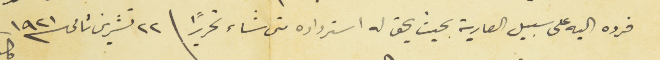
فرده اليه على سبيل العارية بحيث يحق له استرداده متى شاء تحريراً \ ٢٢ تشرين ثانى سنة ١٩٢١